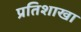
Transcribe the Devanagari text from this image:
प्रतिशाखा